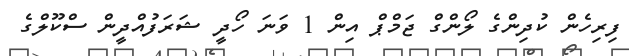
ފިރިހެން ކުދިންގެ ލޯންގް ޖަމްޕް އިން 1 ވަނަ ހޯދީ ޝަރަފުއްދީން ސްކޫލްގެ